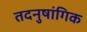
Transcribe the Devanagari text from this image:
तदनुषांगिक